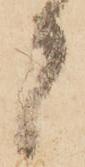
者